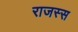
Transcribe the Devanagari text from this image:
राजस्स